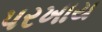
પરખાય